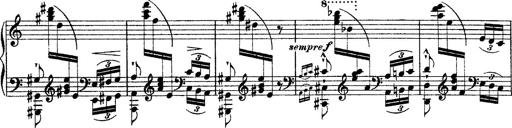
Title: Ã‰tudes d'exÃ©cution transcendante d'aprÃ¨s Paganini
Composer: Franz Liszt